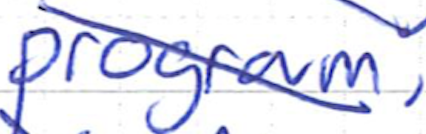
Text: program
Cross-out: diagonal
Writing tool: ballpoint